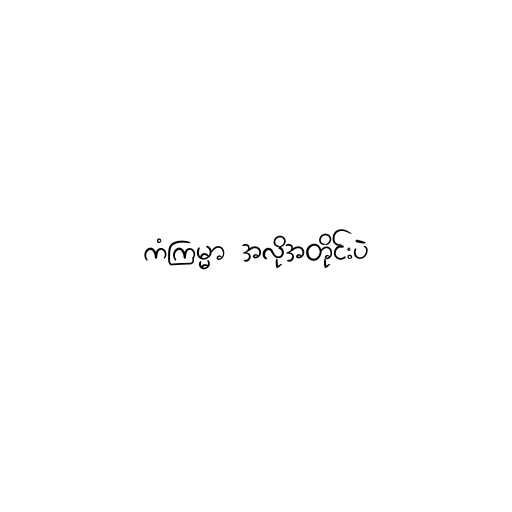
ကံကြမ္မာ အလိုအတိုင်းပဲ